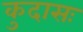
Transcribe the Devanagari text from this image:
कुदासः